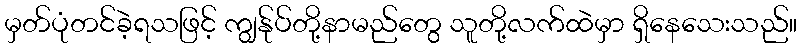
မှတ်ပုံတင်ခဲ့ရသဖြင့် ကျွန်ုပ်တို့နာမည်တွေ သူတို့လက်ထဲမှာ ရှိနေသေးသည်။